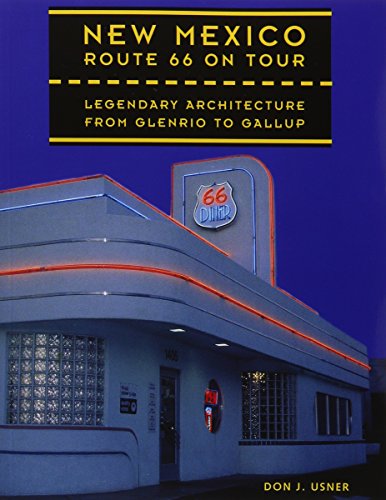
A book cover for New Mexico Route 66 on Tour: Legendary Architecture from Glenrio to Gallup; Don J. Usner; Travel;